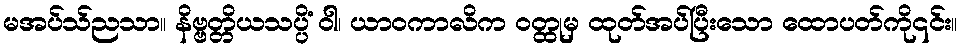
မအပ်သ်ညသာ။ နိဗ္ဗတ္တိယသပ္ပိံ ဝါ၊ ယာဝကာလိက ဝတ္ထုမှ ထုတ်အပ်ပြီးသော ထောပတ်ကို၎င်း။